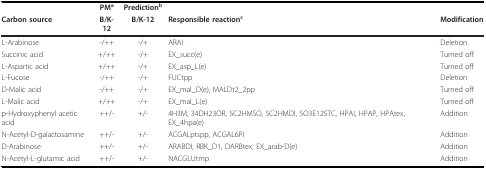
<table><thead><tr><td></td><td><b>PM<sup>a</sup></b></td><td><b>Prediction<sup>b</sup></b></td><td></td><td></td></tr><tr><td><b>Carbon source</b></td><td><b>B/K-12</b></td><td><b>B/K-12</b></td><td><b>Responsible reaction<sup>c</sup></b></td><td><b>Modification</b></td></tr></thead><tbody><tr><td>L-Arabinose</td><td>-/++</td><td>-/+</td><td>ARAI</td><td>Deletion</td></tr><tr><td>Succinic acid</td><td>+/++</td><td>-/+</td><td>EX_succ(e)</td><td>Turned off</td></tr><tr><td>L-Aspartic acid</td><td>+/++</td><td>-/+</td><td>EX_asp_L(e)</td><td>Turned off</td></tr><tr><td>L-Fucose</td><td>-/++</td><td>-/+</td><td>FUCtpp</td><td>Deletion</td></tr><tr><td>D-Malic acid</td><td>-/++</td><td>-/+</td><td>EX_mal_D(e), MALDt2_2pp</td><td>Turned off</td></tr><tr><td>L-Malic acid</td><td>+/++</td><td>-/+</td><td>EX_mal_L(e)</td><td>Turned off</td></tr><tr><td>p-Hydroxyphenyl acetic acid</td><td>++/-</td><td>+/-</td><td>4H3M, 34DH23OR, 5C2HMSO, 5C2HMDI, 5O3E125TC, HPAI, HPAP, HPAtex, EX_4hpa(e)</td><td>Addition</td></tr><tr><td>N-Acetyl-D-galactosamine</td><td>++/-</td><td>+/-</td><td>ACGALptspp, ACGAL6PI</td><td>Addition</td></tr><tr><td>D-Arabinose</td><td>++/-</td><td>+/-</td><td>ARABDI, RBK_D1, DARBtex, EX_arab-D(e)</td><td>Addition</td></tr><tr><td>N-Acetyl-L-glutamic acid</td><td>++/-</td><td>+/-</td><td>NACGLUtmp</td><td>Addition</td></tr></tbody></table>